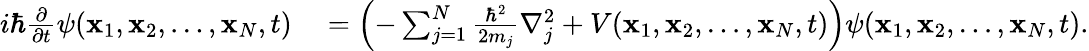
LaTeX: \begin{array}{rl}{i\hbar{\frac{\partial}{\partial t}}\psi(\mathbf{x}_{1},\mathbf{x}_{2},\ldots,\mathbf{x}_{N},t)}&{{}=\left(-\sum_{j=1}^{N}{\frac{\hbar^{2}}{2m_{j}}}{\nabla_{j}^{2}}+V(\mathbf{x}_{1},\mathbf{x}_{2},\ldots,\mathbf{x}_{N},t)\right)\psi(\mathbf{x}_{1},\mathbf{x}_{2},\ldots,\mathbf{x}_{N},t).}\end{array}